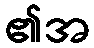
၏အ